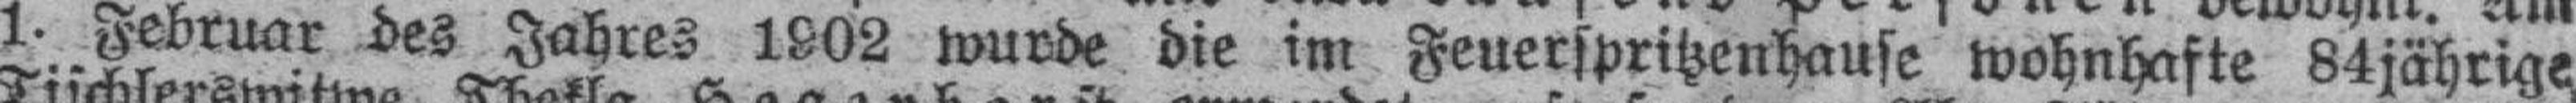
1. Februar des Jahres 1902 wurde die im Feuerspritzenhause wohnhafte 84jährige